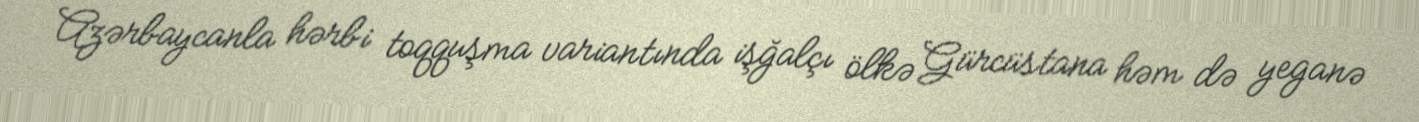
Azərbaycanla hərbi toqquşma variantında işğalçı ölkə Gürcüstana həm də yeganə